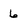
Character: 6